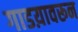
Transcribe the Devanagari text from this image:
गाडय़ावरून